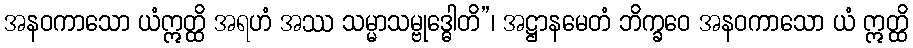
အနဝကာသော ယံဣတ္ထိ အရဟံ အဿ သမ္မာသမ္ဗုဒ္ဓေါတိ”၊ အဋ္ဌာနမေတံ ဘိက္ခဝေ အနဝကာသော ယံ ဣတ္ထိ